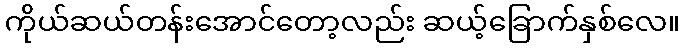
ကိုယ်ဆယ်တန်းအောင်တော့လည်း ဆယ့်ခြောက်နှစ်လေ။